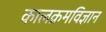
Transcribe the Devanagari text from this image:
कालक्रमविज्ञान